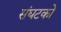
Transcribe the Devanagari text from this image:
संघटको